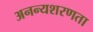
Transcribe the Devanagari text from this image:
अनन्यशरणता